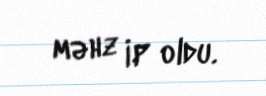
məhz İP oldu.